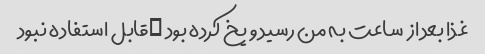
غذا بعد از  ساعت به من رسید و یخ کرده بود …قابل استفاده نبود